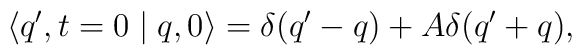
\langle q',t=0\mid q,0 \rangle = \delta (q'-q)+A\delta(q'+q),